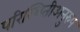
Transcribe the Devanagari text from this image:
परिस्थितीअनुरुप